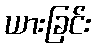
ယားခြင်း